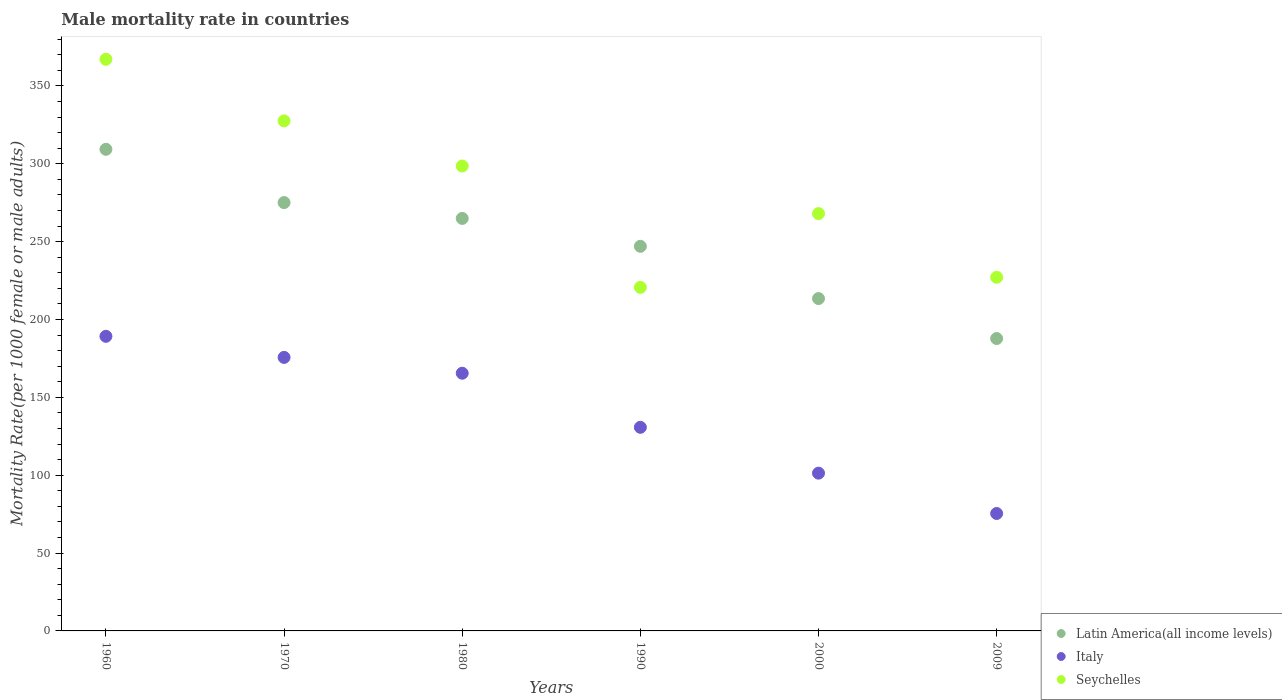
| Years | Latin America(all income levels) | Italy | Seychelles |
 | --- | --- | --- | --- |
 | 1960 | 309 | 189 | 367 |
 | 1970 | 275 | 176 | 328 |
 | 1980 | 265 | 165 | 299 |
 | 1990 | 247 | 131 | 221 |
 | 2000 | 213 | 101 | 268 |
 | 2009 | 188 | 75.4 | 227 |